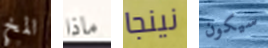
المخ ماذا نينجا سيكون